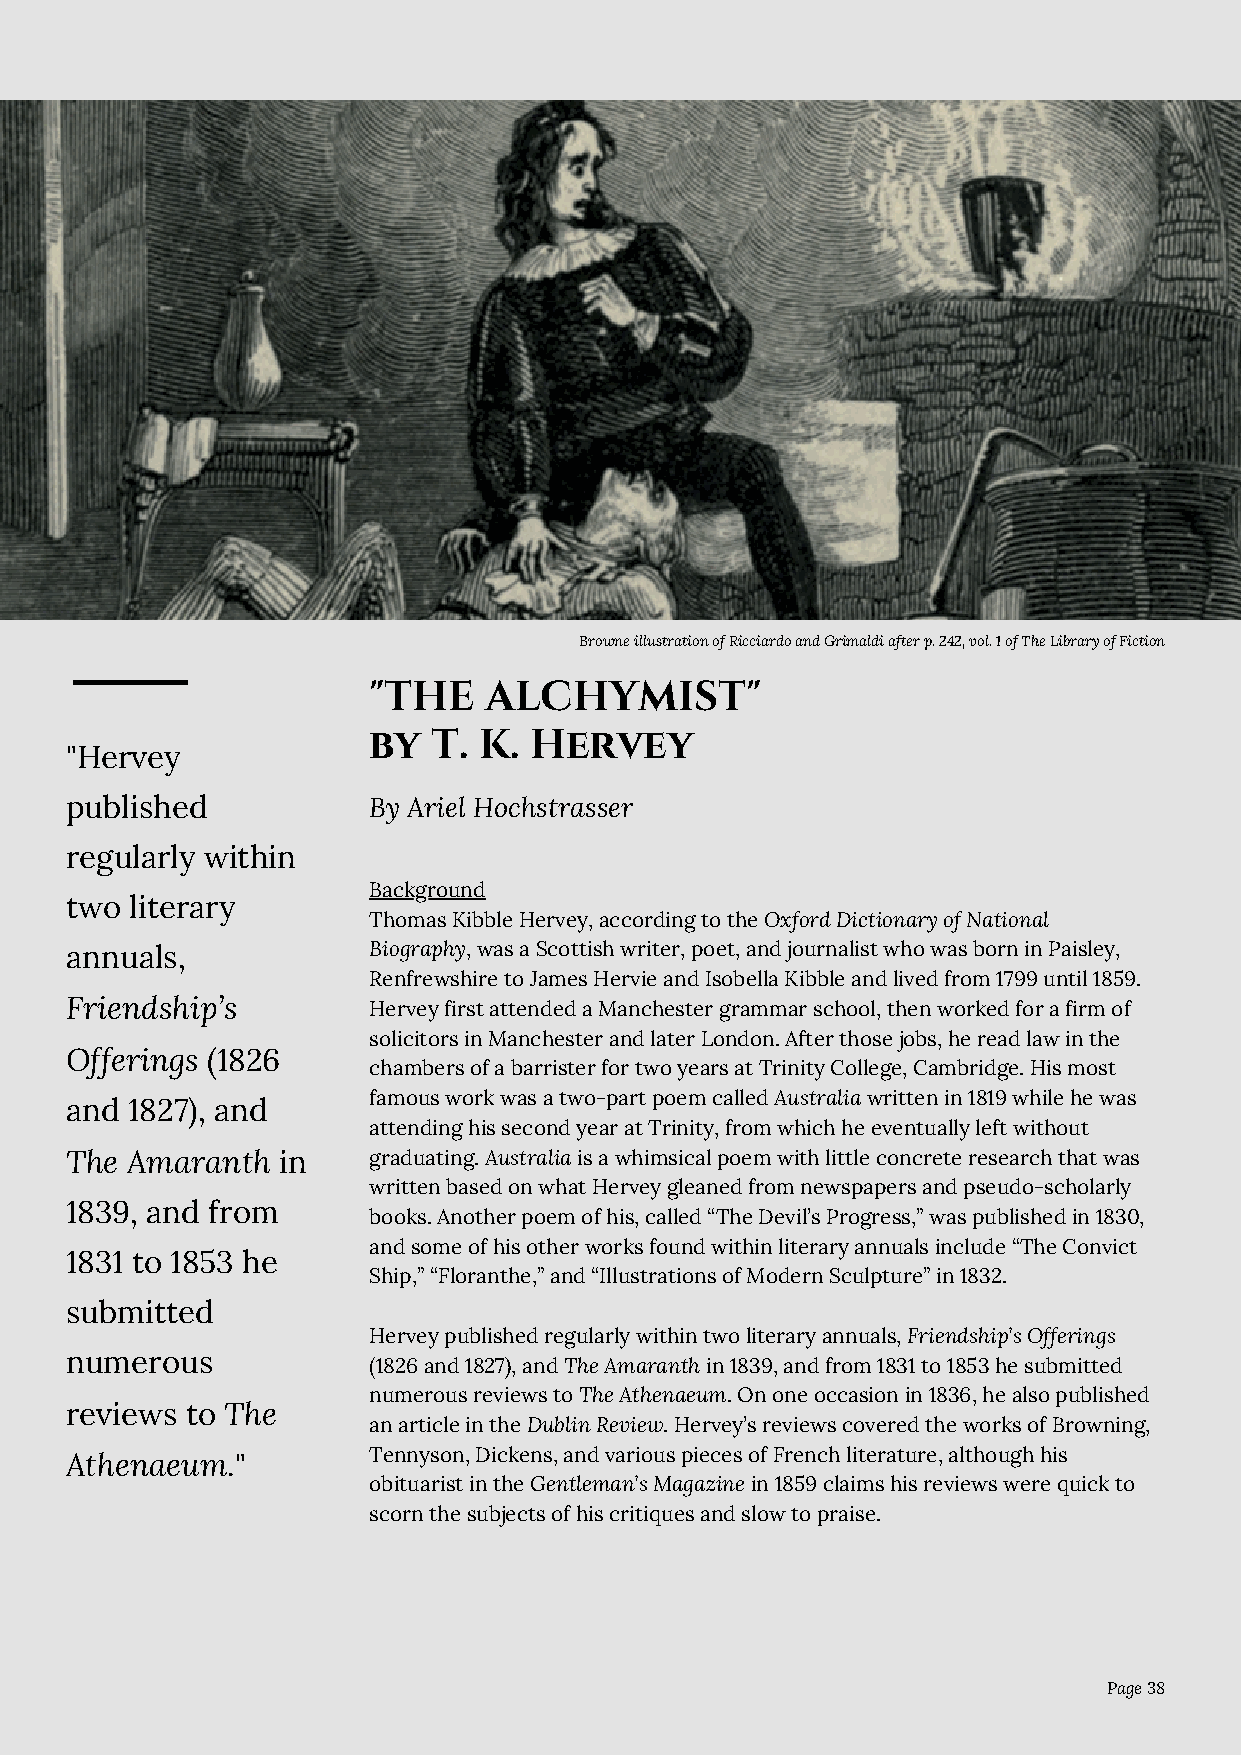
Browne illustration of Ricciardo and Grimaldi after p. 242, vol. 1 of The Library of Fiction
 "THE    ALCHYMIST"
 by   T. K. Hervey
 "Hervey
 published           By Ariel Hochstrasser
 regularly within
 Background
 two  literary
 Thomas Kibble Hervey, according to the Oxford Dictionary of National
 annuals,            Biography, was a Scottish writer, poet, and journalist who was born in Paisley,
 Renfrewshire to James Hervie and Isobella Kibble and lived from 1799 until 1859.
 Friendship’s        Hervey first attended a Manchester grammar school, then worked for a firm of
 solicitors in Manchester and later London. After those jobs, he read law in the
 Offerings (1826
 chambers of a barrister for two years at Trinity College, Cambridge. His most
 famous work was a two-part poem called Australia written in 1819 while he was
 and 1827), and
 attending his second year at Trinity, from which he eventually left without
 The Amaranth  in    graduating. Australia is a whimsical poem with little concrete research that was
 written based on what Hervey gleaned from newspapers and pseudo-scholarly
 1839, and from
 books. Another poem of his, called “The Devil’s Progress,” was published in 1830,
 and some of his other works found within literary annuals include “The Convict
 1831 to 1853 he
 Ship,” “Floranthe,” and “Illustrations of Modern Sculpture” in 1832.
 submitted
 Hervey published regularly within two literary annuals, Friendship’s Offerings
 numerous
 (1826 and 1827), and The Amaranth in 1839, and from 1831 to 1853 he submitted
 numerous reviews to The Athenaeum. On one occasion in 1836, he also published
 reviews to The
 an article in the Dublin Review. Hervey’s reviews covered the works of Browning,
 Tennyson, Dickens, and various pieces of French literature, although his
 Athenaeum."
 obituarist in the Gentleman’s Magazine in 1859 claims his reviews were quick to
 scorn the subjects of his critiques and slow to praise.
 Page 38